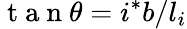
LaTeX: \mathrm{~t~a~n~}\theta=i^{*}b/l_{i}